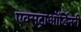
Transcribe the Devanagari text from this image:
एक्सट्राऑर्डिनरी